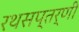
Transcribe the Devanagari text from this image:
रथसप्‍तर्णी